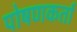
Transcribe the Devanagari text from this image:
पोषणकर्ता